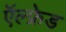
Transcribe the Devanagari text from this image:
ऍल्फ्रेड